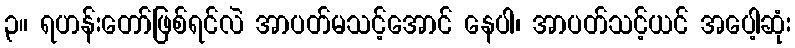
၃။ ရဟန်းတော်ဖြစ်ရင်လဲ အာပတ်မသင့်အောင် နေပါ၊ အာပတ်သင့်ယင် အပေါ့ဆုံး